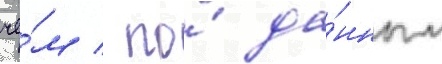
че́м / по́ да́нным